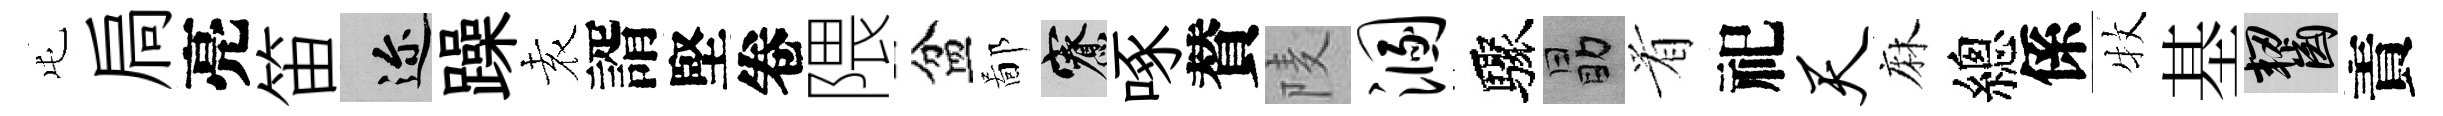
屯扃亮笛邇躁𡊮諝堅卷隈盆鄙寮啄賛𨹧溷驟勗㸔祀天麻總係牧基齧責